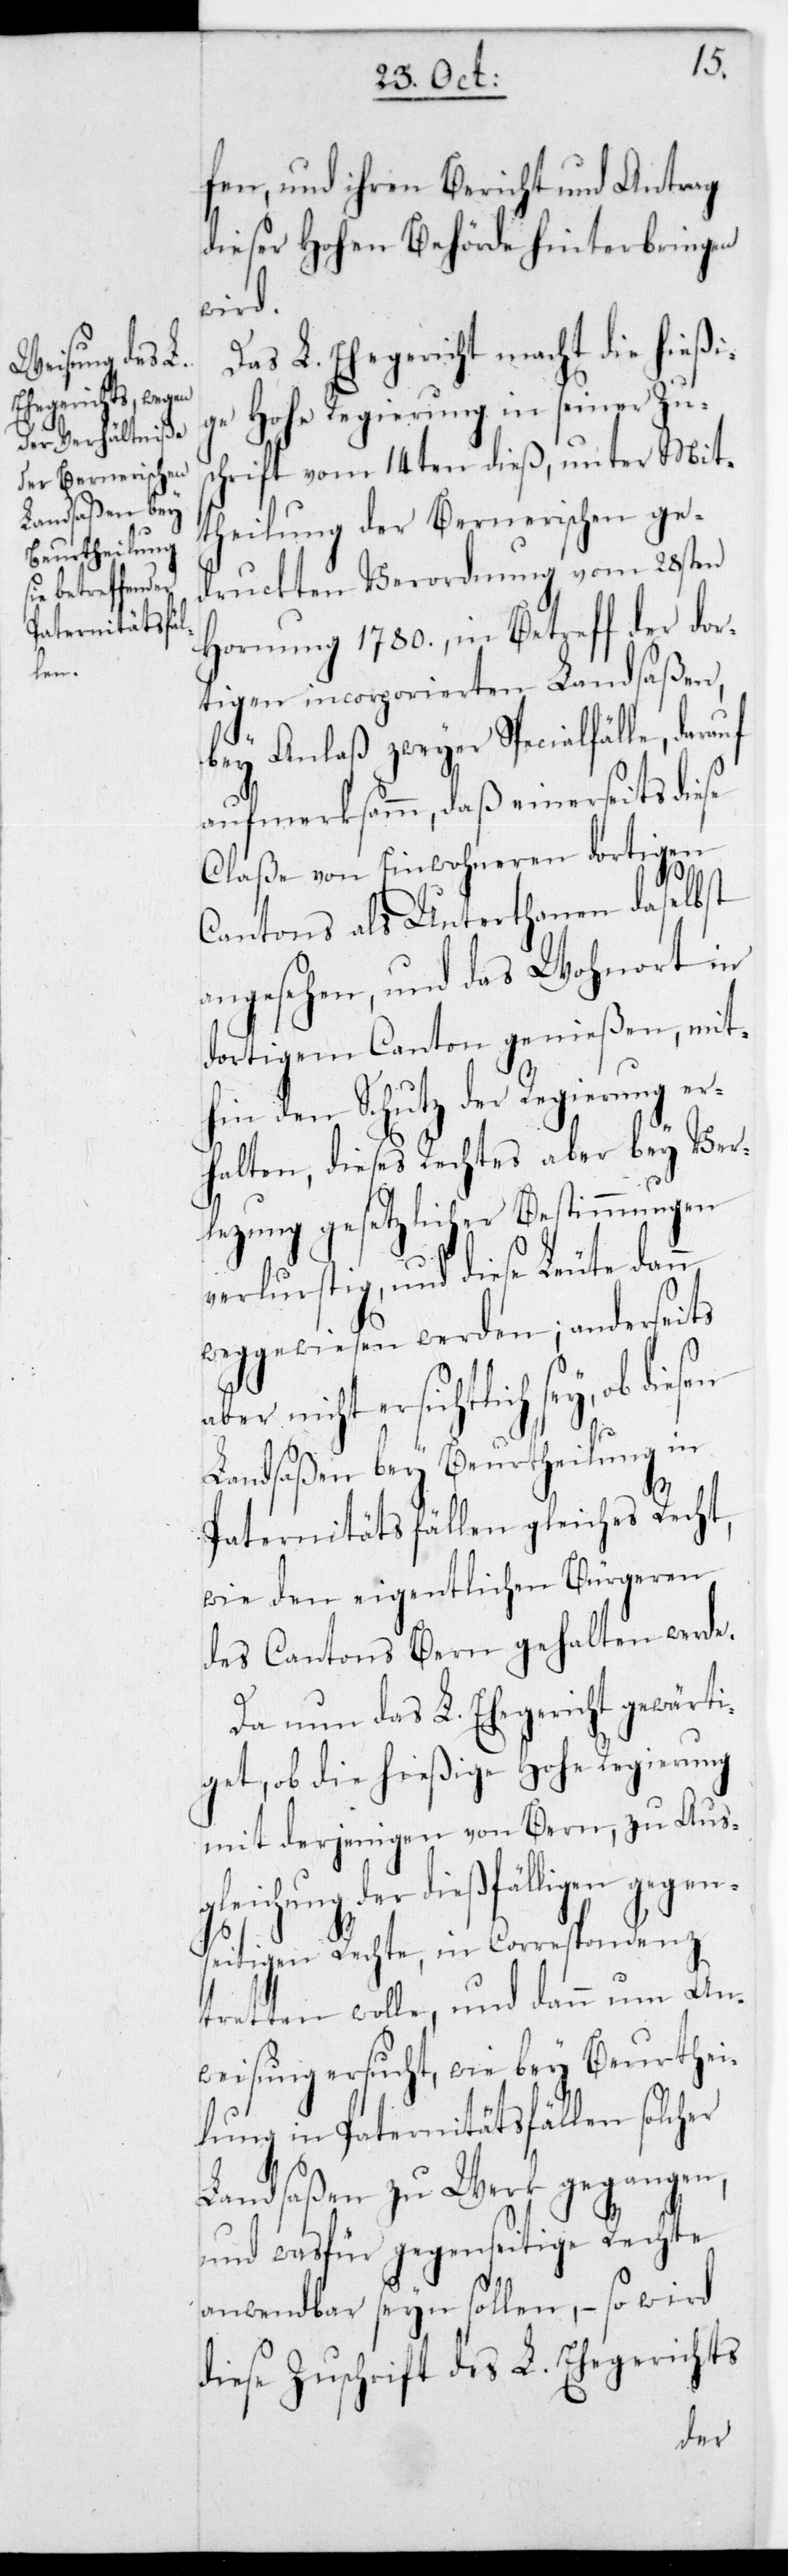
fen und ihren Bericht und Antrag
dieser Hohen Behörde hinterbringen
wird.
Das L. Ehegericht macht die hießi¬
ge Hohe Regierung in seiner Zus¬
chrift vom 14ten dieß, unter Mit¬
theilung der Bernerischen ge¬
druckten Verordnung vom 28sten
Hornung 1780., in Betreff der dor¬
tigen incorporierten Landsaßen,
bey Anlaß zweyer Specialfälle, darauf
aufmerksamm, daß einerseits diese
Claße von Einwohneren dortigen
Cantons als Unterthanen daselbst
angesehen, und das Wohnort in
dortigem Canton genießen, mit¬
hin den Schutz der Regierung er¬
halten, dieses Rechtes aber bey Ver¬
letzung gesetzlicher Bestimmungen
verlurstig, und diese Leute dann
weggewiesen werden; anderseits
ersichtlich sey, ob diesen
Landsaßen bey Beurtheilung in
Paternitätsfällen gleiches Recht,
wie den eigentlichen Bürgeren
des Cantons Bern gehalten werde.
Da nun das L. Ehegericht gewärt¬
iget, ob die hießige Hohe Regierung
mit derjenigen von Bern, zu Ausg¬
leichung der dießfälligen gege¬
nseitigen Rechte, in Correspondenz
tretten wolle, und dann um An¬
weisung ersucht, wie bey Beurthei¬
lung in Paternitätsfällen solcher
Landsaßen zu Werk gegangen,
und was für gegenseitige Rechte
anwendbar seyn sollen, – so wird
diese Zuschrift des L. Ehegerichts